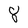
Character: 8